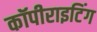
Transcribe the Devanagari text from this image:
कॉपीराइटिंग